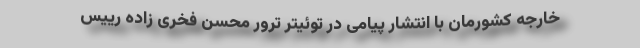
خارجه کشورمان با انتشار پیامی در توئیتر ترور محسن فخری زاده رییس